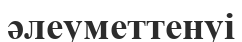
әлеуметтенуі